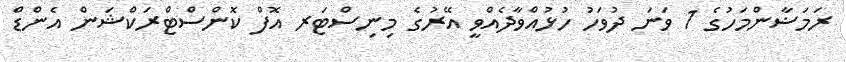
ރަމަޟާންމަހުގެ 1 ވަނަ ދުވަހު ހުޅުއްވާދެއްވީ އޭރުގެ މިނިސްޓަރ އޮފް ކޮންސްޓްރަކްޝަން އެންޑް